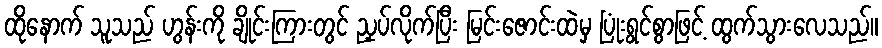
ထိုနောက် သူသည် ဟွန်းကို ချိုင်းကြားတွင် ညှပ်လိုက်ပြီး မြင်းဇောင်းထဲမှ ပြုံးရွင်စွာဖြင့် ထွက်သွားလေသည်။